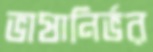
ভাষানির্ভর